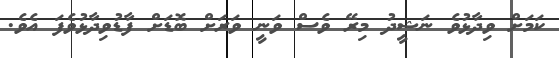
ކަމަށް ވިދާޅުވެ ނަޝީދު މިރޭ ވެސް ވަނީ ވަރަށް ބޮޑަށް ފާޑުވިދާޅުވެފަ އެވެ.